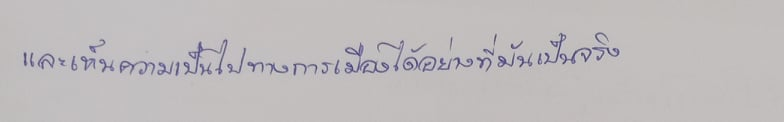
และเห็นความเป็นไปทางการเมืองได้อย่างที่มันเป็นจริง